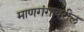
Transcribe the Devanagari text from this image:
माणगंगावरील